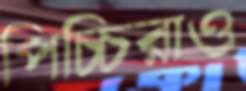
পিচ্চিরাও